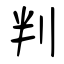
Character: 判